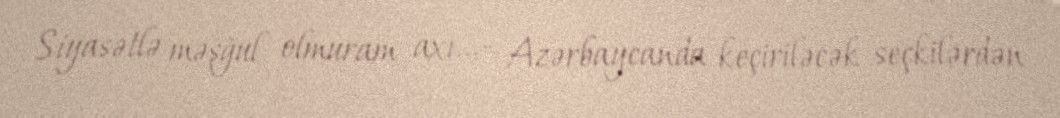
Siyasətlə məşğul olmuram axı...- Azərbaycanda keçiriləcək seçkilərdən